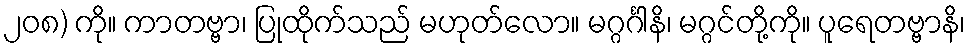
၂၀၈) ကို။ ကာတဗ္ဗာ၊ ပြုထိုက်သည် မဟုတ်လော။ မဂ္ဂင်္ဂါနိ၊ မဂ္ဂင်တို့ကို။ ပူရေတဗ္ဗာနိ၊